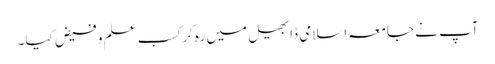
آپ نے جامعہ اسلامی ڈابھیل میں رہ کر کسب علم و فیض کیا۔